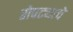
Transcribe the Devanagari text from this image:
रोपट्याचे